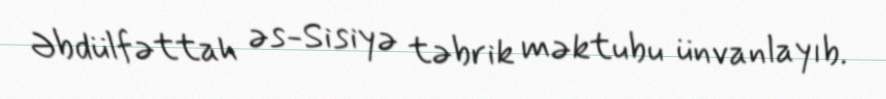
Əbdülfəttah əs-Sisiyə təbrik məktubu ünvanlayıb.